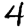
Digit: 4